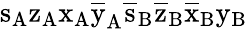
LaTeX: \mathrm{s_{A}\mathrm{z_{A}\mathrm{x_{A}\mathrm{\overline{{y}}_{A}\mathrm{\overline{{s}}_{B}\mathrm{\overline{{z}}_{B}\mathrm{\overline{{x}}_{B}\mathrm{y_{B}}}}}}}}}